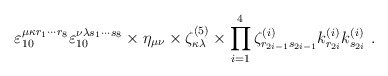
\begin{align*}\varepsilon_{10}^{\mu\kappa r_1\cdots r_8}\varepsilon_{10}^{\nu\lambda s_1\cdots s_8} \times\eta_{\mu\nu} \times \zeta^{(5)}_{\kappa\lambda} \times\prod_{i=1}^4 \zeta_{r_{2i-1}s_{2i-1}}^{(i)}k^{(i)}_{r_{2i}} k^{(i)}_{s_{2i}}\ .\end{align*}